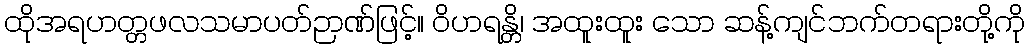
ထိုအရဟတ္တဖလသမာပတ်ဉာဏ်ဖြင့်။ ဝိဟရန္တိ၊ အထူးထူး သော ဆန့်ကျင်ဘက်တရားတို့ကို